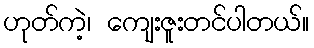
ဟုတ်ကဲ့၊ ကျေးဇူးတင်ပါတယ်။